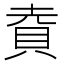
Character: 𮙹